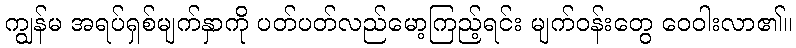
ကျွန်မ အရပ်ရှစ်မျက်နှာကို ပတ်ပတ်လည်မော့ကြည့်ရင်း မျက်ဝန်းတွေ ဝေဝါးလာ၏။